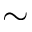
\sim